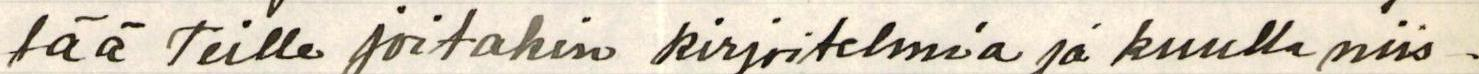
tää Teille joitakin kirjoitelmia ja kuulla niis-